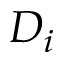
D _ { i }